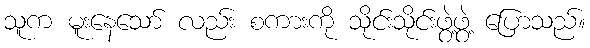
သူက မူးနေသော် လည်း စကားကို သိုင်းသိုင်းဖွဲ့ဖွဲ့ ပြောသည်။